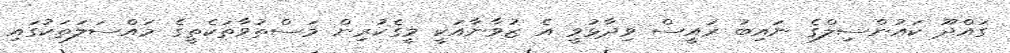
ގައްދޫ ކައުންސިލްގެ ނައިބު ރައީސް ވިދާޅުވީ އެ ޒުވާނާއަކީ މީގެކުރިން މަސްތުވާތަކެތީގެ މައްސަލަތަކުގައި